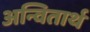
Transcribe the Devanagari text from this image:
अन्वितार्थ